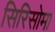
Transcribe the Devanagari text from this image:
सिरिसोमा